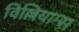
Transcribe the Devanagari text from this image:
विल्लियाम्स